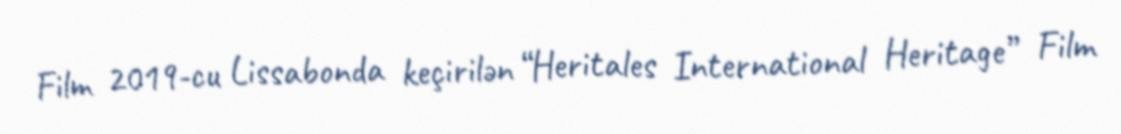
Film 2019-cu Lissabonda keçirilən “Heritales International Heritage” Film